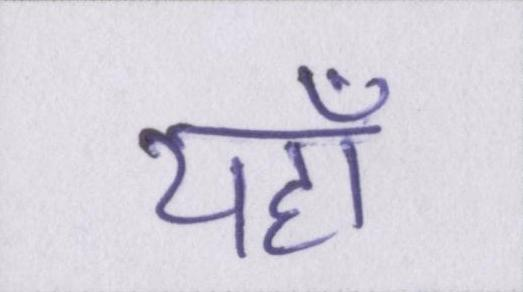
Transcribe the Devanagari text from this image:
यहाँ